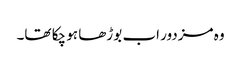
وہ مزدور اب بوڑھا ہو چکا تھا۔